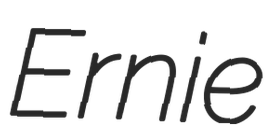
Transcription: Ernie